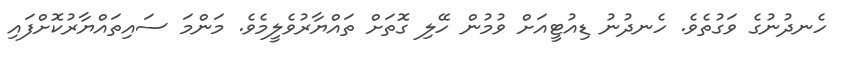
ހެނދުނުގެ ވަގުތެވެ. ހެނދުނު ޑިއުޓީއަށް ވުމުން ހޭލި ގޮތަށް ތައްޔާރުވެލީމެވެ. މަންމަ ސައިތައްޔާރުކޮށްފައި